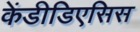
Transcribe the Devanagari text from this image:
केंडीडिएसिस